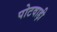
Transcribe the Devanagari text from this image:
पोटवाड़ी